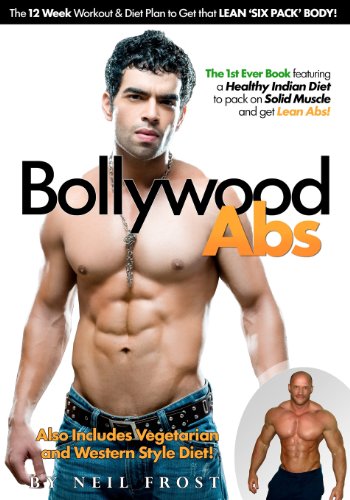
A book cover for Bollywood Abs: The 12 Week Diet & Workout Plan to Get that LEAN 'SIX PACK' BODY!; Neil J Frost; Health, Fitness & Dieting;